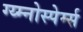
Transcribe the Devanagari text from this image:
ग्य्म्नोस्पेर्म्स